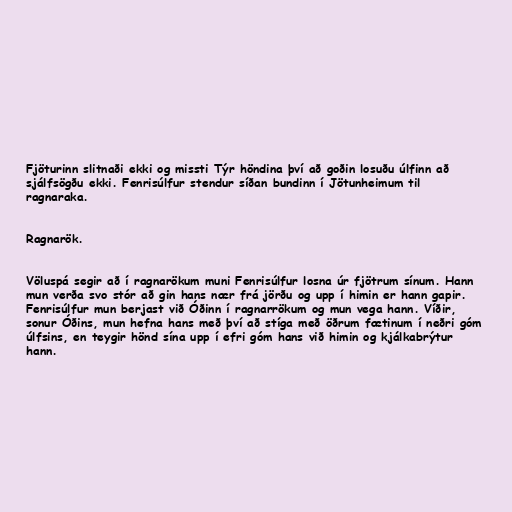
Fjöturinn slitnaði ekki og missti Týr höndina því að goðin losuðu úlfinn að
sjálfsögðu ekki. Fenrisúlfur stendur síðan bundinn í Jötunheimum til
ragnaraka.

Ragnarök.

Völuspá segir að í ragnarökum muni Fenrisúlfur losna úr fjötrum sínum. Hann
mun verða svo stór að gin hans nær frá jörðu og upp í himin er hann gapir.
Fenrisúlfur mun berjast við Óðinn í ragnarrökum og mun vega hann. Víðir,
sonur Óðins, mun hefna hans með því að stíga með öðrum fætinum í neðri góm
úlfsins, en teygir hönd sína upp í efri góm hans við himin og kjálkabrýtur
hann.